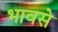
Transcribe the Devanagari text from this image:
भावसे